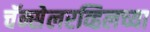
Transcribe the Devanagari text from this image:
चॅन्सेलरव्हिलच्या